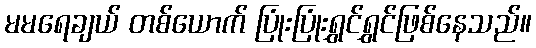
မမရေချယ် တစ်ယောက် ပြုံးပြုံးရွှင်ရွှင်ဖြစ်နေသည်။